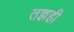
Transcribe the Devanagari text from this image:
तज्ञही